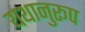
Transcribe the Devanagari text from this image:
यथानुरूप